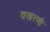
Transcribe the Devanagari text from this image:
वखरणी